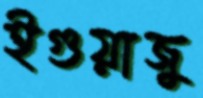
ইগুয়াজু